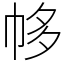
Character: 㡅